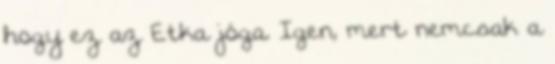
hogy ez az Etka jóga. Igen, mert nemcsak a